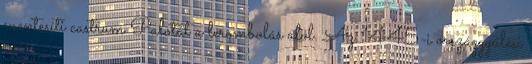
mentesíti castrum Palotát a lerombolás alól. Az 1445-i országgyűlési